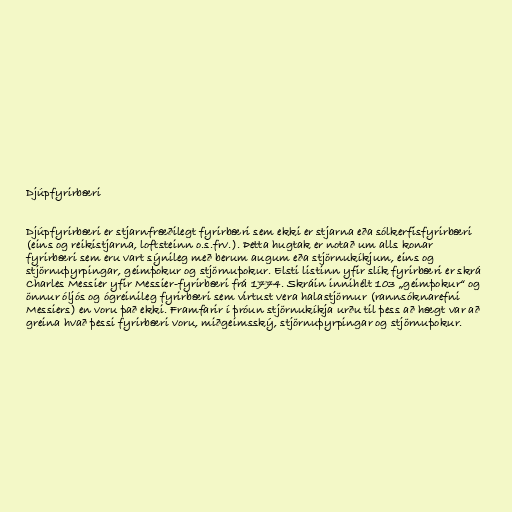
Djúpfyrirbæri

Djúpfyrirbæri er stjarnfræðilegt fyrirbæri sem ekki er stjarna eða sólkerfisfyrirbæri
(eins og reikistjarna, loftsteinn o.s.frv.). Þetta hugtak er notað um alls konar
fyrirbæri sem eru vart sýnileg með berum augum eða stjörnukíkjum, eins og
stjörnuþyrpingar, geimþokur og stjörnuþokur. Elsti listinn yfir slík fyrirbæri er skrá
Charles Messier yfir Messier-fyrirbæri frá 1774. Skráin innihélt 103 „geimþokur“ og
önnur óljós og ógreinileg fyrirbæri sem virtust vera halastjörnur (rannsóknarefni
Messiers) en voru það ekki. Framfarir í þróun stjörnukíkja urðu til þess að hægt var að
greina hvað þessi fyrirbæri voru, miðgeimsský, stjörnuþyrpingar og stjörnuþokur.